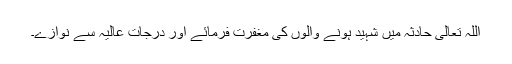
اللہ تعالی حادثہ میں شہید ہونے والوں کی مغفرت فرمائے اور درجاتِ عالیہ سے نوازے۔